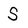
Character: S